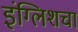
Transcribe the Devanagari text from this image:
इंग्लिशचा